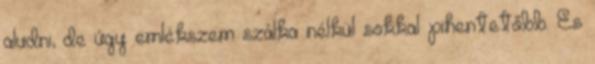
aludni, de úgy emlékszem szálka nélkül sokkal pihentetőbb. És